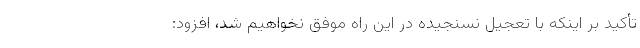
تأکید بر اینکه با تعجیل نسنجیده در این راه موفق نخواهیم شد، افزود: